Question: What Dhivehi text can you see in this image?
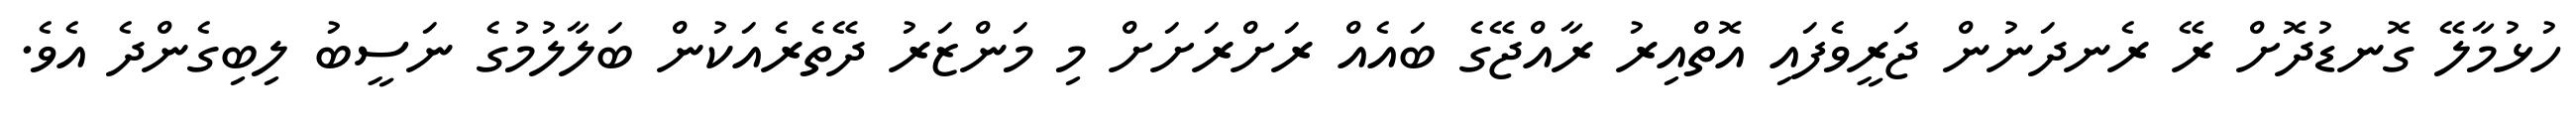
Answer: ހުޅުމާލޭ ގޮނޑުދޮށް ރޭ ރެނދަނުން ޖަރީވެފައި އޮތްއިރު ރާއްޖޭގެ ބައެއް ރަށްރަށަށް މި މަންޒަރު ދޭތެރެއަކުން ބަލާލުމުގެ ނަސީބު ލިބިގެންދެ އެވެ.